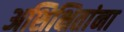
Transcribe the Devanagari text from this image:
अशिक्षितांना